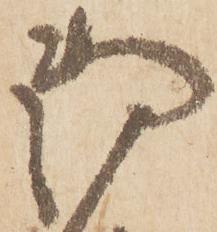
御